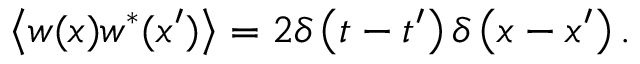
\left\langle w ( x ) w ^ { * } ( x ^ { \prime } ) \right\rangle = 2 \delta \left( t - t ^ { \prime } \right) \delta \left( x - x ^ { \prime } \right) .